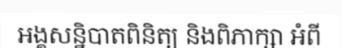
អង្គសន្និបាតពិនិត្យ និងពិភាក្សា អំពី